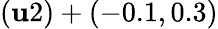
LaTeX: (\mathbf{u}2)+(-0.1,0.3)